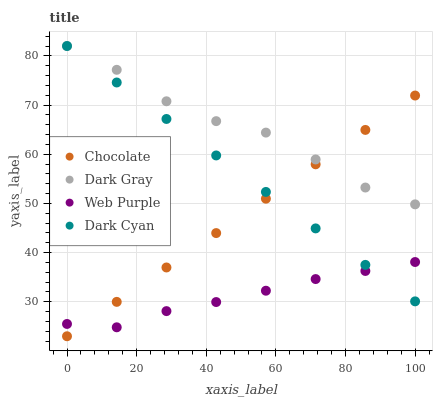
| xaxis_label | Chocolate | Dark Gray | Web Purple | Dark Cyan |
 | --- | --- | --- | --- | --- |
 | 0 | 23 | 82 | 25.5 | 82 |
 | 14.3 | 30 | 77.2 | 24.8 | 74.6 |
 | 28.6 | 37 | 70.8 | 28.1 | 67.2 |
 | 42.9 | 44 | 66.7 | 30 | 59.8 |
 | 57.1 | 51 | 64.4 | 32.3 | 52.3 |
 | 71.4 | 58 | 58.9 | 34.6 | 44.9 |
 | 85.7 | 64.9 | 53.2 | 36.3 | 37.5 |
 | 100 | 71.9 | 49.8 | 38.1 | 30.1 |